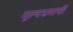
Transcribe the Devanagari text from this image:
मूल्यभ्रमाची